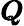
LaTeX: \pmb{Q}